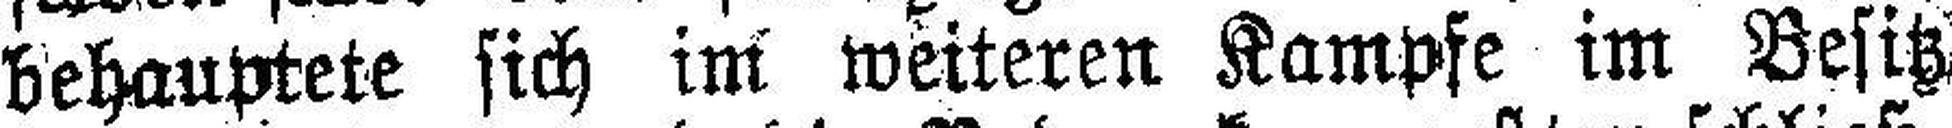
behauptete sich im weiteren Kampfe im Besitz